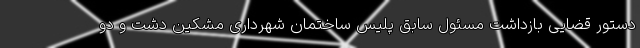
دستور قضایی بازداشت مسئول سابق پلیس ساختمان شهرداری مشکین دشت و دو